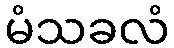
မံသခလံ